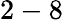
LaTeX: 2-8